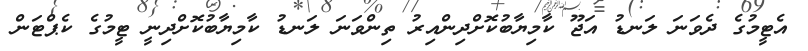
އެޓީމުގެ ދެވަނަ ލަނޑު އަޖޫ ކާމިޔާބުކޮށްދިންއިރު ތިންވަނަ ލަނޑު ކާމިޔާބުކޮށްދިނީ ޓީމުގެ ކެޕްޓަން